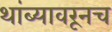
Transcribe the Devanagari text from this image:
थांब्यावरूनच